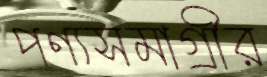
পণ্যসমাগ্রীর